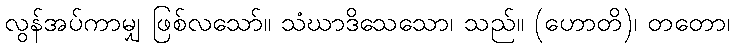
လွန်အပ်ကာမျှ ဖြစ်လသော်။ သံဃာဒိသေသော၊ သည်။ (ဟောတိ)၊ တတော၊